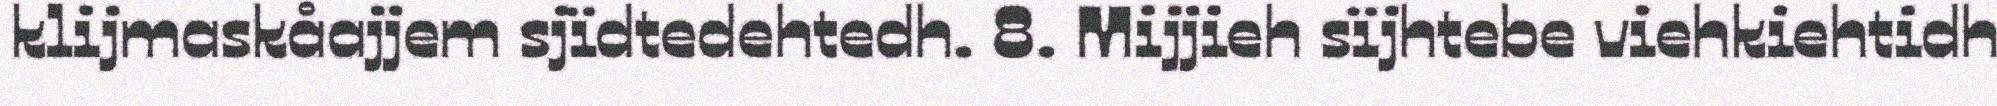
klijmaskåajjem sjïdtedehtedh. 8. Mijjieh sïjhtebe viehkiehtidh